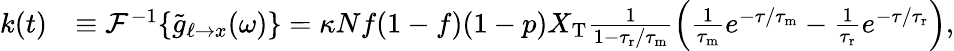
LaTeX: \begin{array}{rl}{k(t)}&{\equiv\mathcal{F}^{-1}\{ \tilde{g}_{\ell\to x}(\omega)\} =\kappa Nf(1-f)(1-p)X_{\mathrm{T}}\frac{1}{1-{\tau_{\mathrm{r}}}/{\tau_{\mathrm{m}}}}\left(\frac{1}{{\tau_{\mathrm{m}}}}e^{-\tau/{\tau_{\mathrm{m}}}}-\frac{1}{{\tau_{\mathrm{r}}}}e^{-\tau/{\tau_{\mathrm{r}}}}\right),}\end{array}